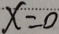
x = 0